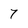
Character: 7